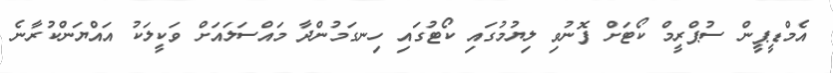
އެމްޑީޕީން ސުޕްރީމް ކޯޓަށް ފޮނުވި ލިޔުމުގައި ކޯޓުގައި ހިނގަމުންދާ މައްސަލައަށް ވަކީލަކު އައްޔަންކުރާނެ